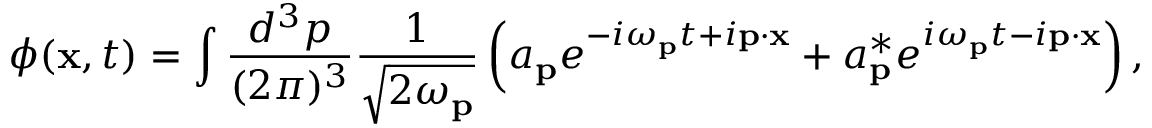
\phi ( \mathbf { x } , t ) = \int { \frac { d ^ { 3 } p } { ( 2 \pi ) ^ { 3 } } } { \frac { 1 } { \sqrt { 2 \omega _ { \mathbf { p } } } } } \left( a _ { \mathbf { p } } e ^ { - i \omega _ { \mathbf { p } } t + i \mathbf { p } \cdot \mathbf { x } } + a _ { \mathbf { p } } ^ { * } e ^ { i \omega _ { \mathbf { p } } t - i \mathbf { p } \cdot \mathbf { x } } \right) ,